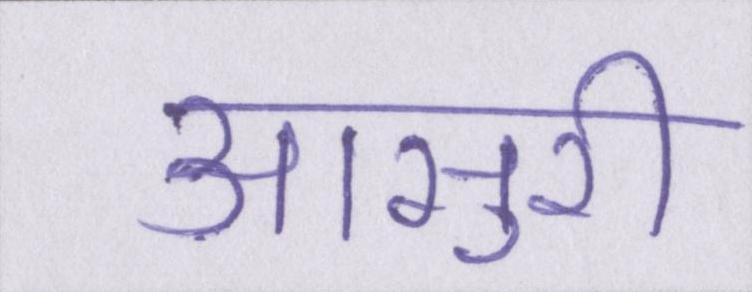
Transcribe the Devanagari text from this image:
आसुरी